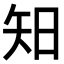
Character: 𥎭